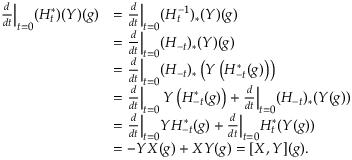
\begin{array} { r l } { \frac { d } { d t } \Bigr | _ { t = 0 } ( H _ { t } ^ { * } ) ( Y ) ( g ) } & { = \frac { d } { d t } \Bigr | _ { t = 0 } ( H _ { t } ^ { - 1 } ) _ { * } ( Y ) ( g ) } \\ & { = \frac { d } { d t } \Bigr | _ { t = 0 } ( H _ { - t } ) _ { * } ( Y ) ( g ) } \\ & { = \frac { d } { d t } \Bigr | _ { t = 0 } ( H _ { - t } ) _ { * } \left( Y \left( H _ { - t } ^ { * } ( g ) \right) \right) } \\ & { = \frac { d } { d t } \Bigr | _ { t = 0 } \, Y \left( H _ { - t } ^ { * } ( g ) \right) + \frac { d } { d t } \Bigr | _ { t = 0 } ( H _ { - t } ) _ { * } ( Y ( g ) ) } \\ & { = \frac { d } { d t } \Bigr | _ { t = 0 } Y H _ { - t } ^ { * } ( g ) + \frac { d } { d t } \Bigr | _ { t = 0 } H _ { t } ^ { * } ( Y ( g ) ) } \\ & { = - Y X ( g ) + X Y ( g ) = [ X , Y ] ( g ) . } \end{array}